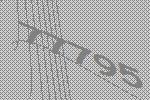
77795